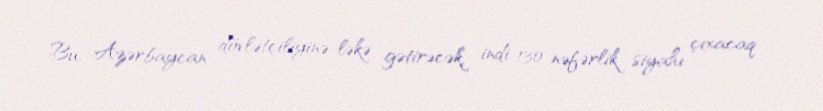
Bu, Azərbaycan dövlətçiliyinə ləkə gətirəcək, indi 130 nəfərlik siyahı çıxacaq